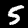
Digit: 5